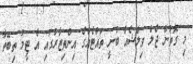
މި ގޮތުން ޖެލް ވިލްޝެއާ ބުނީ ތައްޓެއްގެ އިންތިޒާރުގައި އެ ޓީމު ތިބޭތާ